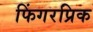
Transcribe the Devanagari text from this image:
फिंगरप्रिक